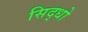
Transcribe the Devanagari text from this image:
सिद्धो